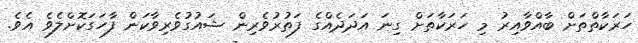
ހަރަކާތްތަށް ބާއްވާއިރު މި ހަރަކާތަށް ގިނަ އަދަދެއްގެ ފަތުރުވެރިން ޝައުގުވެރިވާކަން ފާހަގަކޮށްލެވެ އެވެ.